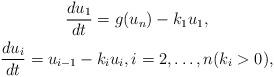
LaTeX: \begin{gather*}\frac{d u_1}{dt} = g(u_n) - k_1 u_1,\\\frac{d u_i}{dt} = u_{i-1} - k_i u_i, i=2,\ldots,n (k_i >0),\end{gather*}